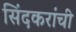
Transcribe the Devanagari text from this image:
सिंदकरांची